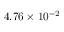
4 . 7 6 \times 1 0 ^ { - 2 }